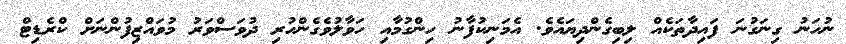
ނުހަނު ގިނަގުނަ ފައިދާތަކެއް ލިބިގެންދިޔައެވެ. އެމަނިކުފާނު ހިންގުމާއި ހަވާލުވެގެންހުރި ދުވަސްވަރު މުވައްޒިފުންނަށް ކްރެޑިޓް